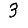
Digit: 3